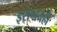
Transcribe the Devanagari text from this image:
इराणचेही